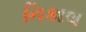
નિકાલ